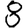
Digit: 8